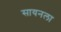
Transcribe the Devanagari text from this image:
सायनला